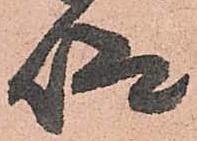
仰